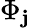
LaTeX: \Phi_{\mathbf{j}}